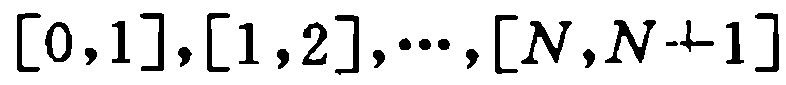
$[0,1],[1,2],\cdots,[N,N + 1]$